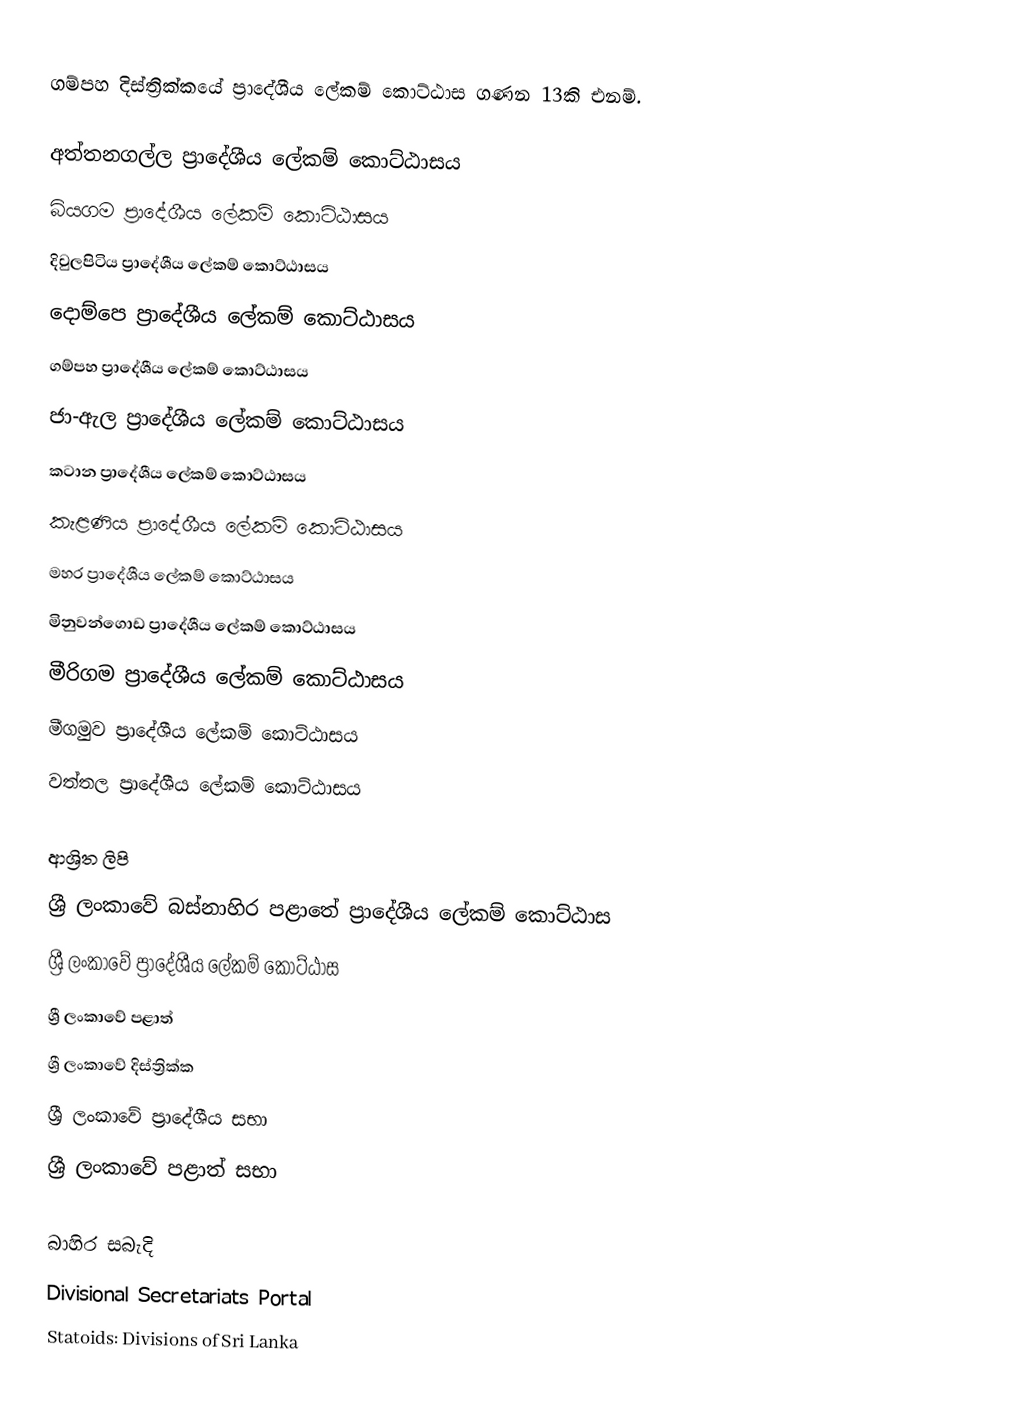
ගම්පහ දිස්ත්‍රික්කයේ ප්‍රාදේශීය ලේකම් කොට්ඨාස ගණන 13කි එනම්.

 අත්තනගල්ල ප්‍රාදේශීය ලේකම් කොට්ඨාසය
 බියගම ප්‍රාදේශීය ලේකම් කොට්ඨාසය
 දිවුලපිටිය ප්‍රාදේශීය ලේකම් කොට්ඨාසය
 දොම්පෙ ප්‍රාදේශීය ලේකම් කොට්ඨාසය
 ගම්පහ ප්‍රාදේශීය ලේකම් කොට්ඨාසය
 ජා-ඇල ප්‍රාදේශීය ලේකම් කොට්ඨාසය
 කටාන ප්‍රාදේශීය ලේකම් කොට්ඨාසය
 කැළණිය ප්‍රාදේශීය ලේකම් කොට්ඨාසය
 මහර ප්‍රාදේශීය ලේකම් කොට්ඨාසය
 මිනුවන්ගොඩ ප්‍රාදේශීය ලේකම් කොට්ඨාසය
 මීරිගම ප්‍රාදේශීය ලේකම් කොට්ඨාසය
 මීගමුව ප්‍රාදේශීය ලේකම් කොට්ඨාසය
 වත්තල ප්‍රාදේශීය ලේකම් කොට්ඨාසය

ආශ්‍රිත ලිපි
 ශ්‍රී ලංකාවේ බස්නාහිර පළාතේ ප්‍රාදේශීය ලේකම් කොට්ඨාස
 ශ්‍රී ලංකාවේ ප්‍රාදේශීය ලේකම් කොට්ඨාස
 ශ්‍රී ලංකාවේ පළාත්
 ශ්‍රී ලංකාවේ දිස්ත්‍රික්ක
 ශ්‍රී ලංකාවේ ප්‍රාදේශීය සභා
 ශ්‍රී ලංකාවේ පළාත් සභා

බාහිර සබැදි
 Divisional Secretariats Portal
 Statoids: Divisions of Sri Lanka